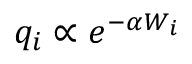
q _ { i } \propto e ^ { - \alpha W _ { i } }